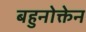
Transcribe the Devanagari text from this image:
बहुनोक्तेन